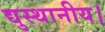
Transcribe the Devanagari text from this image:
द्युस्थानीय।